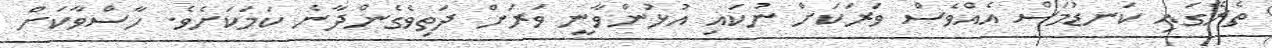
ތެރޭގައި ކަނޑުމަސް އެއްވެސް ވަރަކަށް ނުކައި އުޅުންވާނީ ވަރަށް ދަތިވެގެންދާނެ ކަމަކަށެވެ. ހާސްވާކަށް